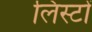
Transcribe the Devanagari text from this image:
लिस्टों